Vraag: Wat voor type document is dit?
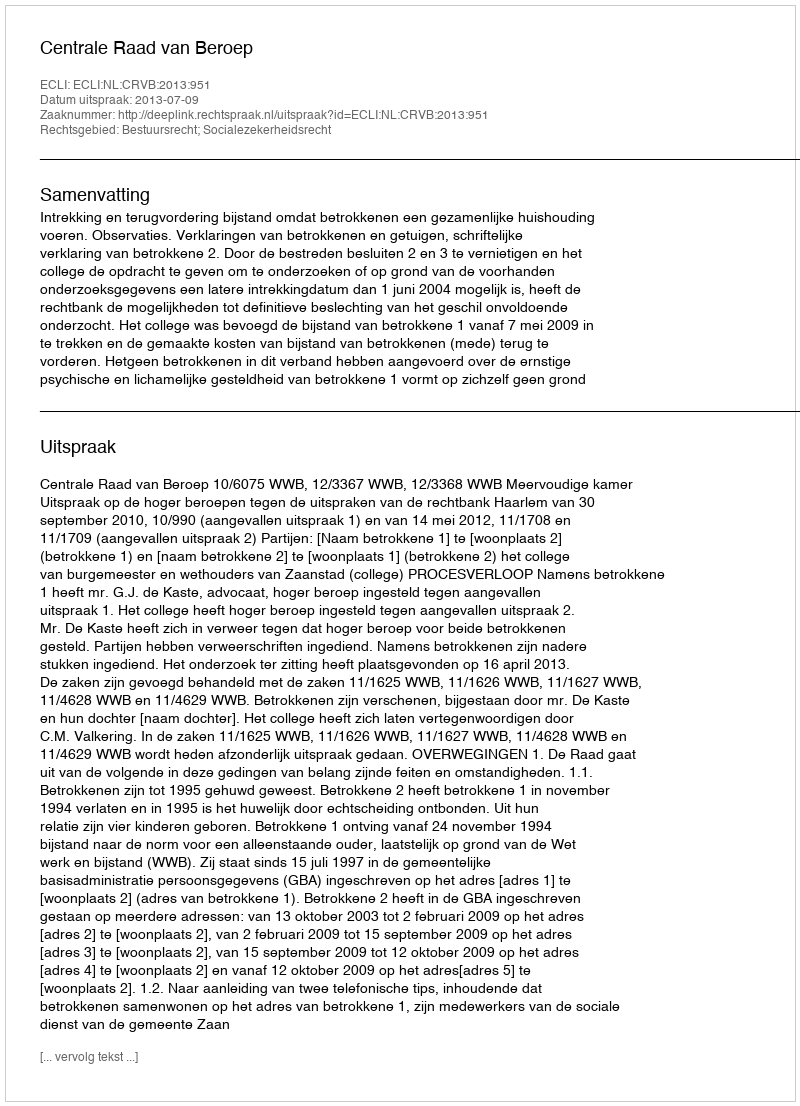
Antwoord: Uitspraak